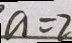
a = 2